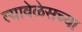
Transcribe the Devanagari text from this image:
त्यावेळेसच्या